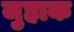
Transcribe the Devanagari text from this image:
जुहाक